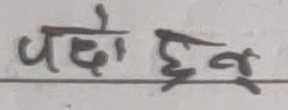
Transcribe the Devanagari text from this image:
पछो हुनु